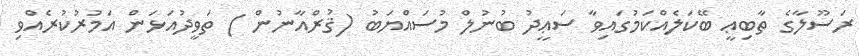
ރަސޫލާގެ ތާބިޢީ ބޭކަލެއްކަމުގައިވާ ސަޢީދު ބުނުލް މުސައްޔަބު (ޤުރްއާނުން ) ތަވީދުއަޅަން އަމުރުކުރެއްވި